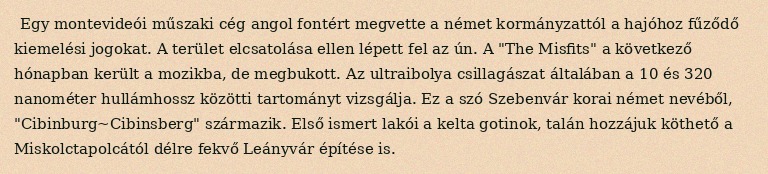
Egy montevideói műszaki cég angol fontért megvette a német kormányzattól a hajóhoz fűződő kiemelési jogokat. A terület elcsatolása ellen lépett fel az ún. A "The Misfits" a következő hónapban került a mozikba, de megbukott. Az ultraibolya csillagászat általában a 10 és 320 nanométer hullámhossz közötti tartományt vizsgálja. Ez a szó Szebenvár korai német nevéből, "Cibinburg~Cibinsberg" származik. Első ismert lakói a kelta gotinok, talán hozzájuk köthető a Miskolctapolcától délre fekvő Leányvár építése is.